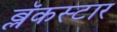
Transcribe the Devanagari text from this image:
ब्लॅकस्टार